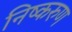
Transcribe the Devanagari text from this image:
निष्करुण